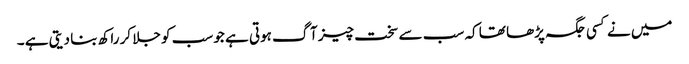
میں نے کسی جگہ پڑھا تھا کہ سب سے سخت چیز آگ ہوتی ہے جو سب کو جلا کر راکھ بنا دیتی ہے ۔